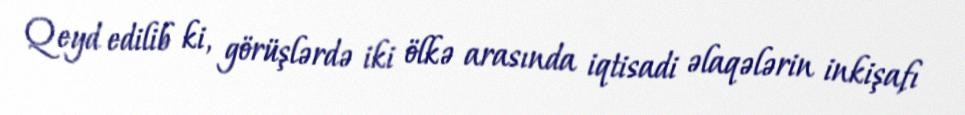
Qeyd edilib ki, görüşlərdə iki ölkə arasında iqtisadi əlaqələrin inkişafı